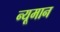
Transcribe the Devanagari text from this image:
न्यूमान